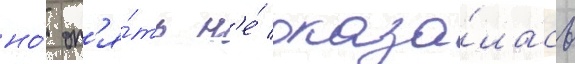
но́ оп'я́ть н'е́ оказа́лась